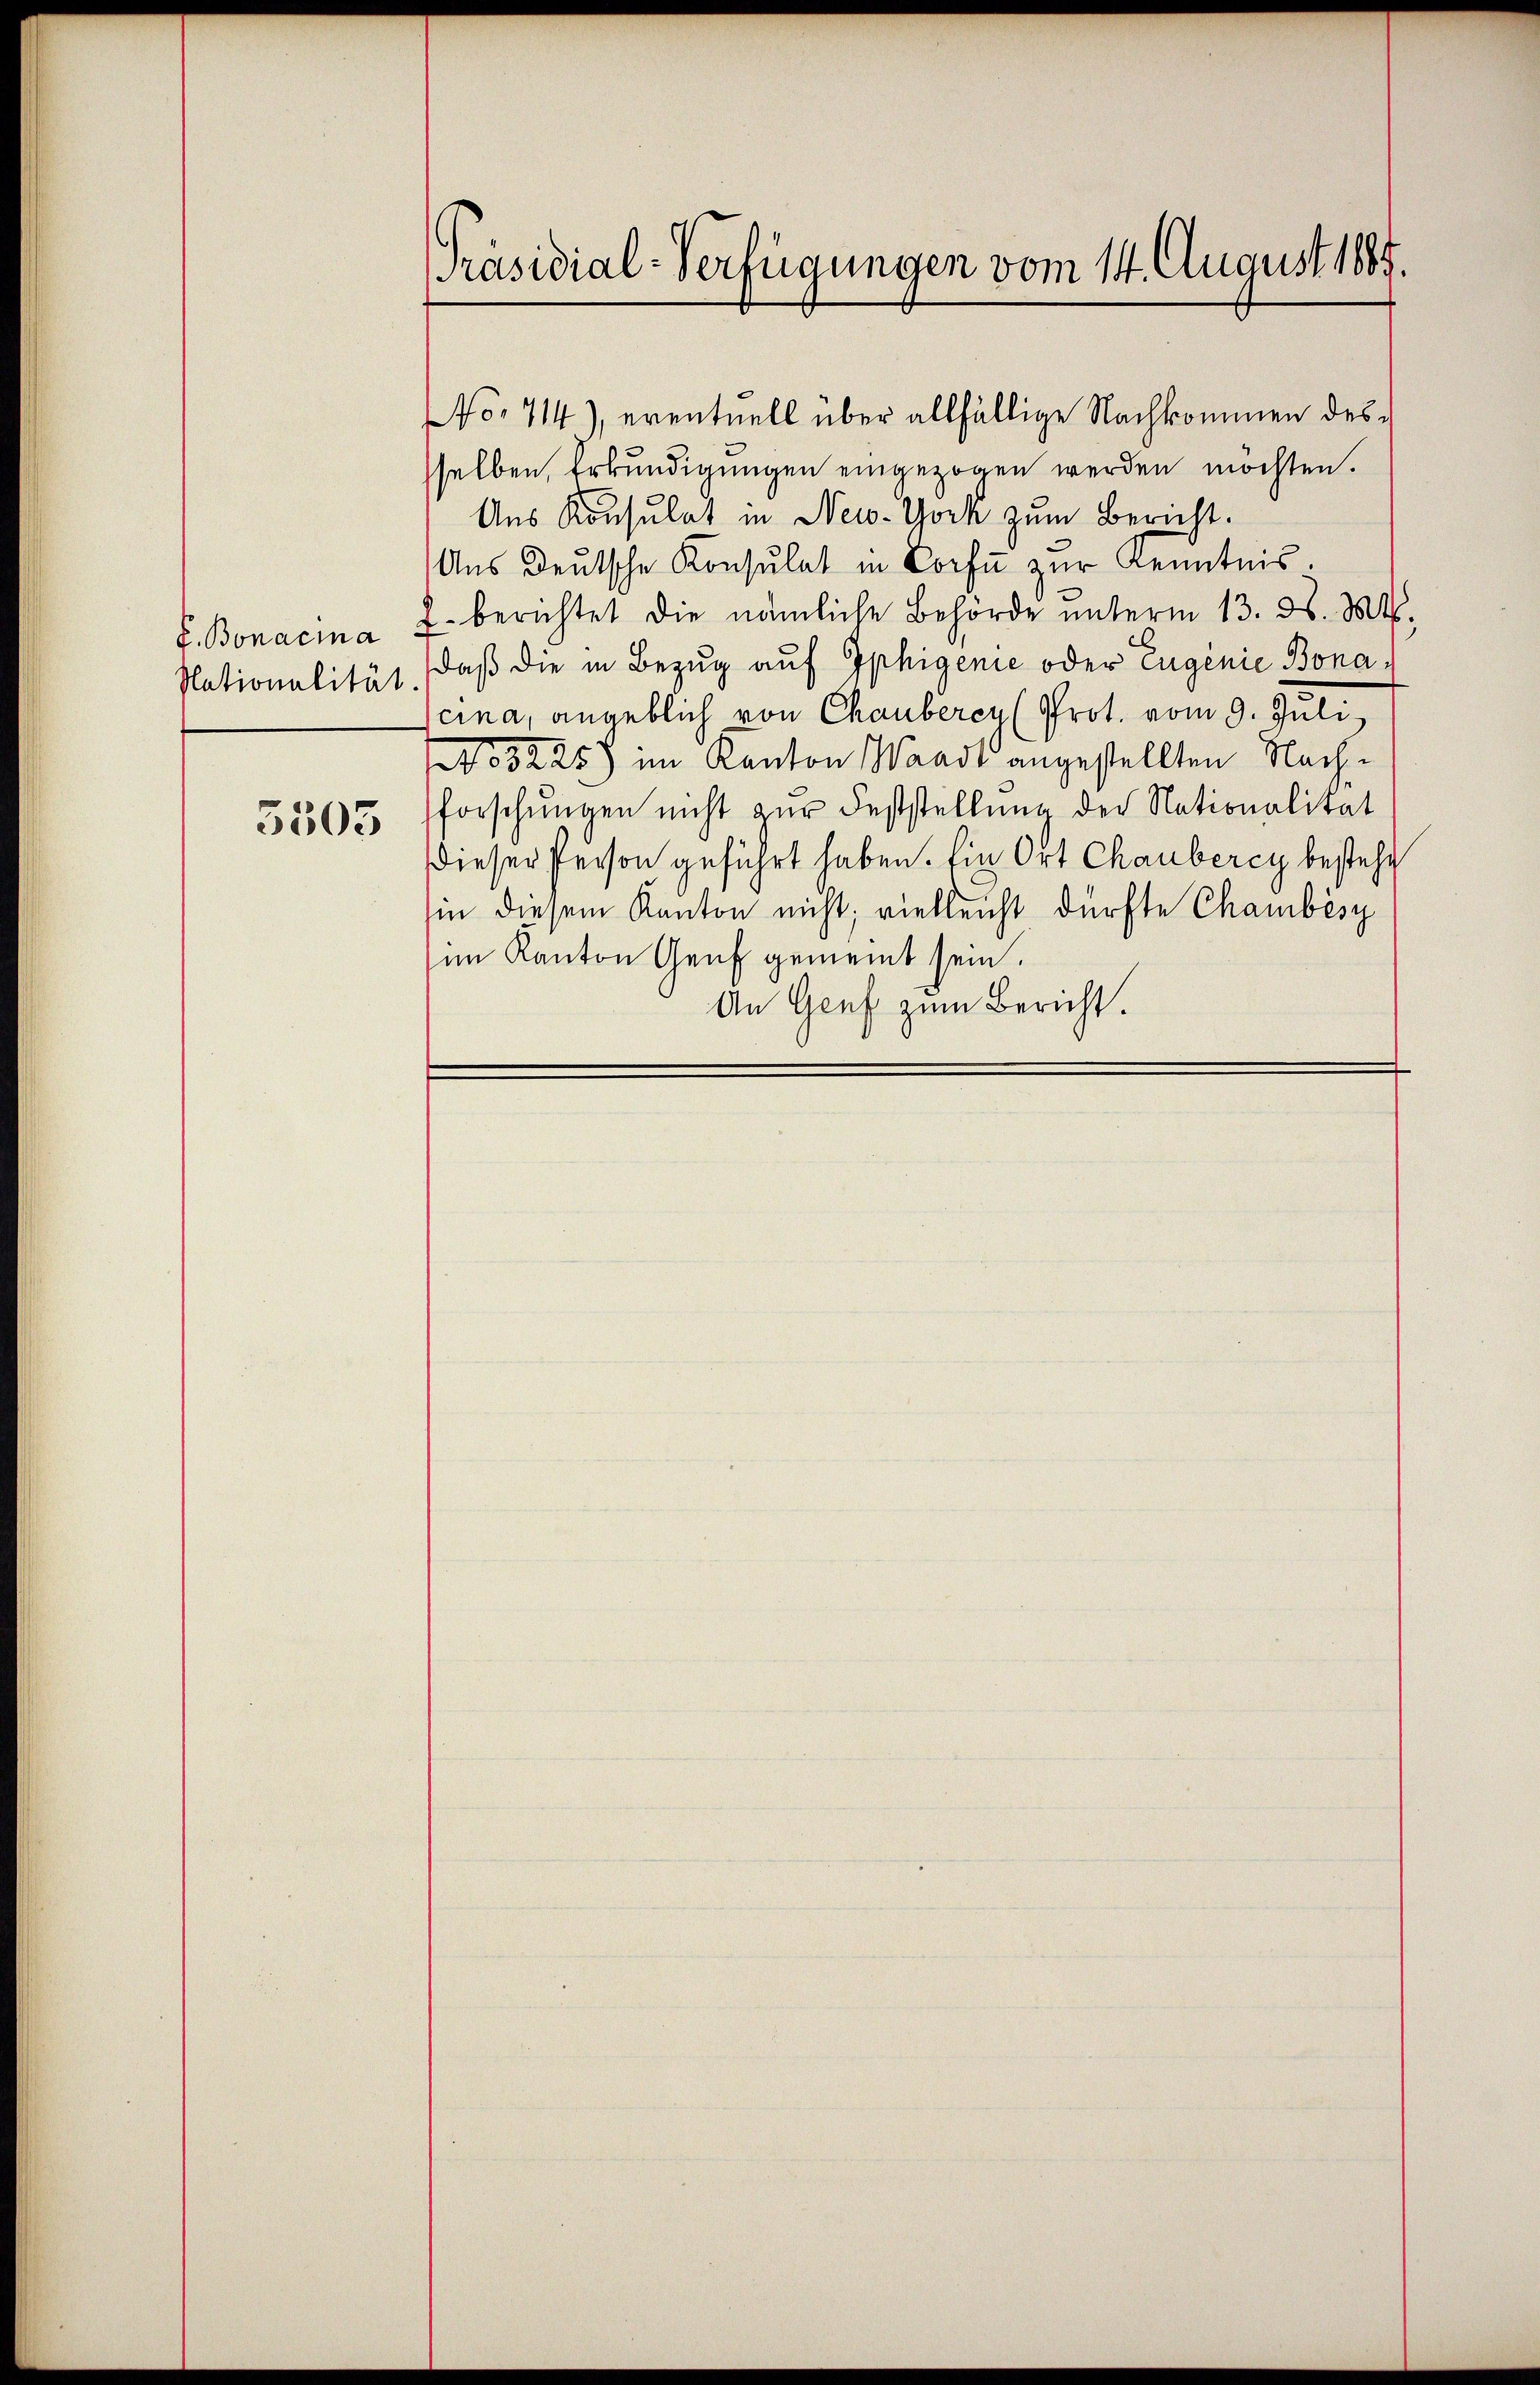
E. Bonacia
Nationalität.

5503

Präsidial-Verfügungen vom 14. August 1887.

selben, Erkundigungen eingezogen werden möchten.
Aus Konsulat in New-York zum Bericht.
Ans Deutsche Konsulat in Dorfe zur Kenntnis.
2. berichtet die nämliche Behörde ŭnterm 13. d. Mts.
daß die in Bezug auf Iphigenie oder Eugenie Bonacina, angeblich von Chauberey (Prot. vom 9. Juli,
53225) im Kanton Waadt angestellten Nachforschŭngen nicht zur Feststellung der Nationalität
dieser Person geführt haben. Ein Ort Chauberey besteht
hin diesem Kanton nicht; vielleicht dürfte Chambésy
im Kanton Genf gemeint sein.
An Genf zum Bericht.

No. 714), eventuell über allfällige Nachkommen des¬